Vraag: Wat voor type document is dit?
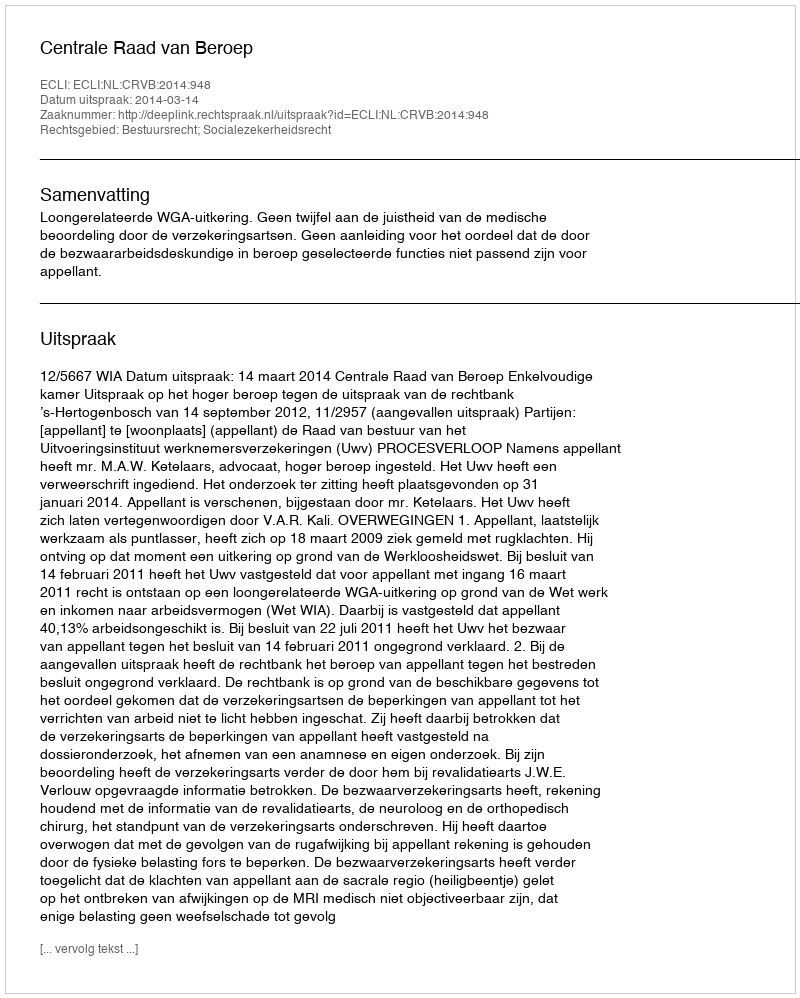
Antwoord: Uitspraak